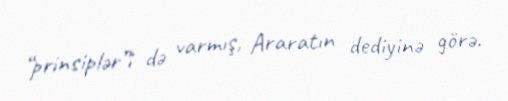
“prinsiplər”i də varmış, Araratın dediyinə görə.